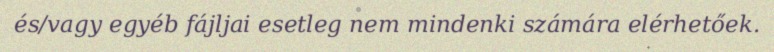
és/vagy egyéb fájljai esetleg nem mindenki számára elérhetőek.